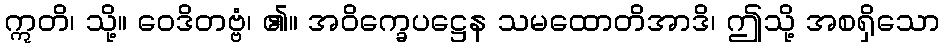
ဣတိ၊ သို့။ ဝေဒိတဗ္ဗံ၊ ၏။ အဝိက္ခေပဋ္ဌေန သမထောတိအာဒိ၊ ဤသို့ အစရှိသော